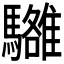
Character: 𩦼